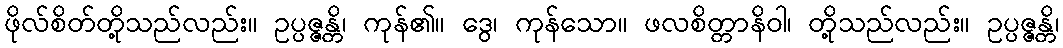
ဖိုလ်စိတ်တို့သည်လည်း။ ဥပ္ပဇ္ဇန္တိ၊ ကုန်၏။ ဒွေ၊ ကုန်သော။ ဖလစိတ္တာနိဝါ၊ တို့သည်လည်း။ ဥပ္ပဇ္ဇန္တိ၊